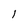
Character: 1